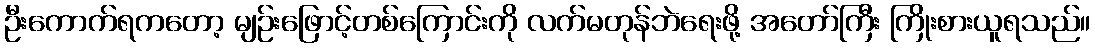
ဦးကောက်ရကတော့ မျဉ်းဖြောင့်တစ်ကြောင်းကို လက်မတုန်ဘဲရေးဖို့ အတော်ကြီး ကြိုးစားယူရသည်။